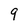
Character: 9